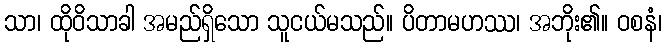
သာ၊ ထိုဝိသာခါ အမည်ရှိသော သူငယ်မသည်။ ပိတာမဟဿ၊ အဘိုး၏။ ဝစနံ၊